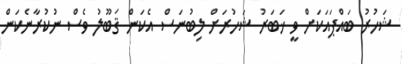
ޝަހުރު ބައްޕައަކަށް ވީ ޚަބަރު ޝަހުރަށް ލިބުނަސް އެކަން ޤަބޫލު ވެސް ނުކުރާނެކަން